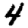
Digit: 4